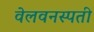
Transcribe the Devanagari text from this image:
वेलवनस्पती